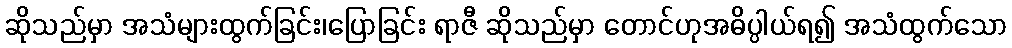
ဆိုသည်မှာ အသံများထွက်ခြင်း၊ပြောခြင်း ရာဇီ ဆိုသည်မှာ တောင်ဟုအဓိပ္ပါယ်ရ၍ အသံထွက်သော